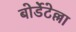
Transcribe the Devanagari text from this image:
बोर्डेटेल्ला